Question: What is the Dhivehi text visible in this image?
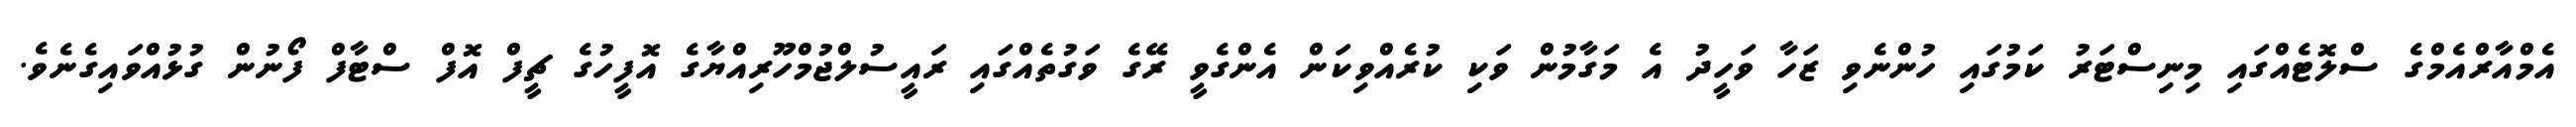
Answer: އެމްއާރްއެމްގެ ސްލޮޓެއްގައި މިނިސްޓަރު ކަމުގައި ހުންނެވި ޒަހާ ވަހީދު އެ މަގާމުން ވަކި ކުރެއްވިކަން އެންގެވީ ރޭގެ ވަގުތެއްގައި ރައީސުލްޖުމްހޫރިއްޔާގެ އޮފީހުގެ ޗީފް އޮފް ސްޓާފް ފޯނުން ގުޅުއްވައިގެނެވެ.